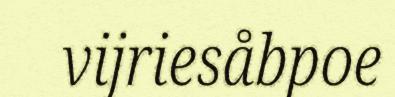
vijriesåbpoe